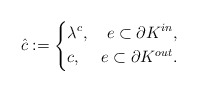
\begin{align*}\hat{c}:=\left\{\begin{aligned}&\lambda^c,& e\subset\partial K^{in},\\&c,& e\subset\partial K^{out}.\\\end{aligned}\right.\end{align*}